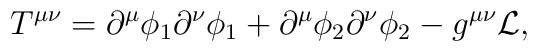
T^{\mu \nu}=\partial^\mu \phi_1 \partial^\nu \phi_1 +  \partial^\mu \phi_2 \partial^\nu \phi_2 -g^{\mu \nu} {\cal L},